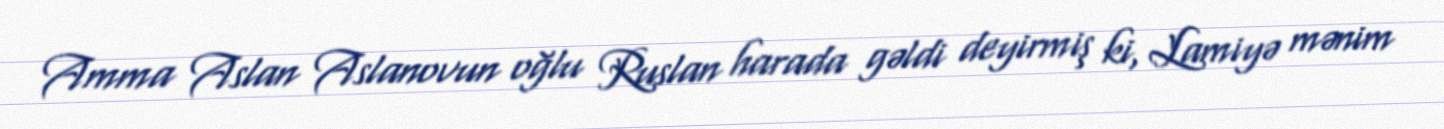
Amma Aslan Aslanovun oğlu Ruslan harada gəldi deyirmiş ki, Lamiyə mənim